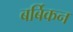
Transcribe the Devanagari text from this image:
बर्बिकन